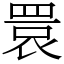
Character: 睘